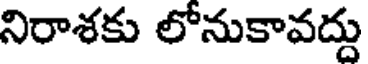
నిరాశకు లోనుకావద్దు